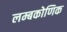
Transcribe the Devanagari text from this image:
लम्बकोणिक